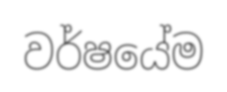
වර්ෂයේම